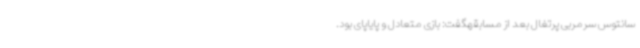
سانتوس سرمربی پرتغال بعد از مسابقهگفت: بازی متعادل و پایاپای بود.